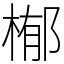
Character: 㮋